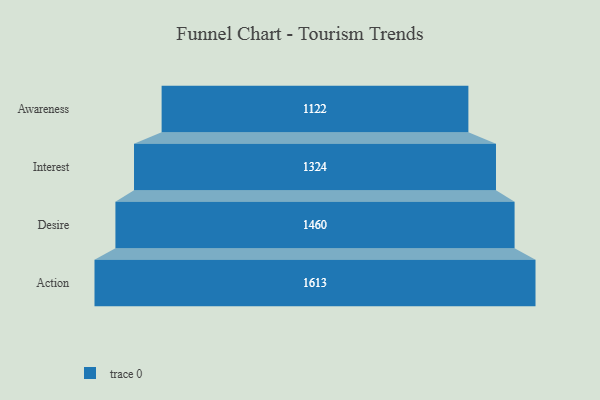
{"axis": {"x": "Stage", "y": "Value"}, "legend": [""], "data": [{"x": "Awareness", "y": 1122.0, "type": ""}, {"x": "Interest", "y": 1324.0, "type": ""}, {"x": "Desire", "y": 1460.0, "type": ""}, {"x": "Action", "y": 1613.0, "type": ""}]}